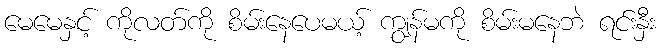
မေမေနှင့် ကိုလတ်ကို စိမ်းနေပေမယ့် ကျွန်မကို စိမ်းမနေဘဲ ရင်းနှီး